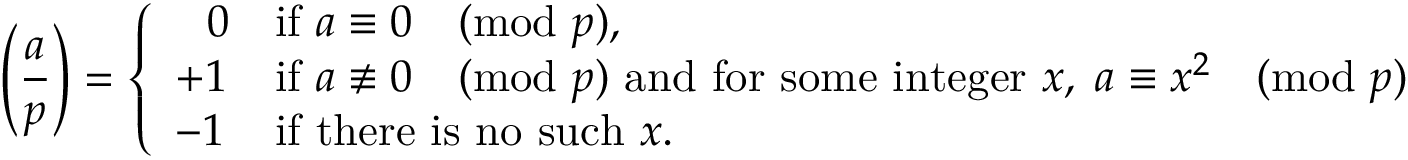
\left( { \frac { a } { p } } \right) = { \left\{ \begin{array} { l l } { \; \; \, 0 } & { { \mathrm { i f ~ } } a \equiv 0 { \pmod { p } } , } \\ { + 1 } & { { \mathrm { i f ~ } } a \not \equiv 0 { \pmod { p } } { \mathrm { ~ a n d ~ f o r ~ s o m e ~ i n t e g e r ~ } } x , \; a \equiv x ^ { 2 } { \pmod { p } } } \\ { - 1 } & { { \mathrm { i f ~ t h e r e ~ i s ~ n o ~ s u c h ~ } } x . } \end{array} \right. }